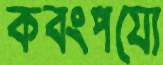
কবংপয্যে